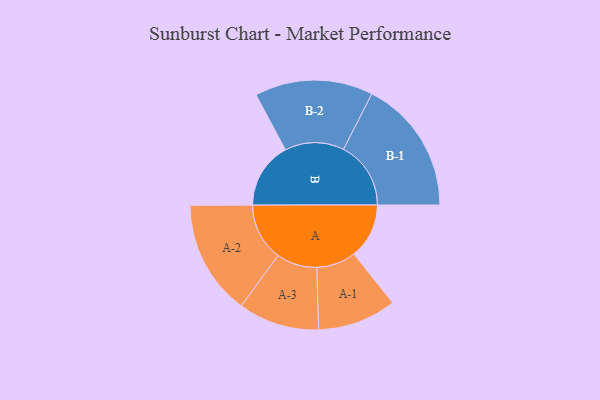
{"axis": {"x": "Segment", "y": "Value"}, "legend": ["", "A", "B"], "data": [{"x": "A", "y": 207, "type": ""}, {"x": "B", "y": 249, "type": ""}, {"x": "A-1", "y": 148, "type": "A"}, {"x": "A-2", "y": 216, "type": "A"}, {"x": "A-3", "y": 152, "type": "A"}, {"x": "B-1", "y": 253, "type": "B"}, {"x": "B-2", "y": 222, "type": "B"}]}